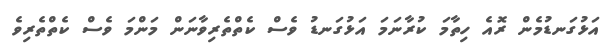
އަޅުގަނޑުމެން ރޮއެ ހިތާމަ ކުރާނަމަ އަޅުގަނޑު ވެސް ކެތްތެރިވާނަން މަންމަ ވެސް ކެތްތެރިވެ